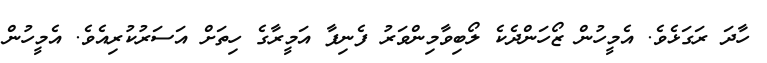
ހާދަ ރަގަޅެވެ. އެމީހުން ޒޯހަންދެކެ ލޯބިވާމިންވަރު ފެނިފާ އަމީރާގެ ހިތަށް އަސަރުކުރިއެވެ. އެމީހުން